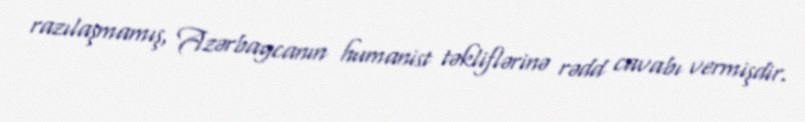
razılaşmamış, Azərbaycanın humanist təkliflərinə rədd cavabı vermişdir.